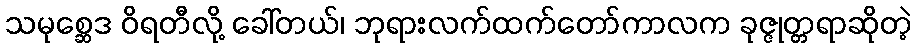
သမုစ္ဆေဒ ဝိရတီလို့ ခေါ်တယ်၊ ဘုရားလက်ထက်တော်ကာလက ခုဇ္ဇုတ္တရာဆိုတဲ့